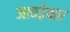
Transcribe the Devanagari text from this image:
जावड़ेकर